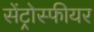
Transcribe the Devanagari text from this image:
सेंट्रोस्फीयर